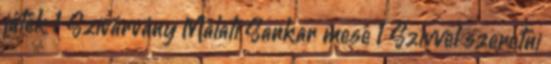
játék 1 Szivárvány Málatí Sankar mesé 1 Szívvel szeretni